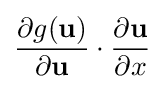
{\frac {\partial g(\mathbf {u} )}{\partial \mathbf {u} }}\cdot {\frac {\partial \mathbf {u} }{\partial x}}